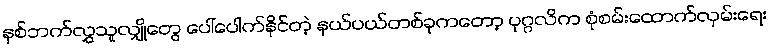
နှစ်ဘက်လွှသူလျှိုတွေ ပေါ်ပေါက်နိုင်တဲ့ နယ်ပယ်တစ်ခုကတော့ ပုဂ္ဂလိက စုံစမ်းထောက်လှမ်းရေး